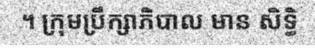
។ ក្រុមប្រឹក្សាភិបាល មាន សិទ្ធិ